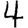
Digit: 4